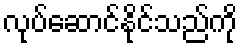
လုပ်ဆောင်နိုင်သည်ကို